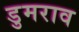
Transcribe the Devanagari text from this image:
डुमराव